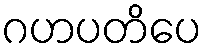
ဂဟပတိပေ